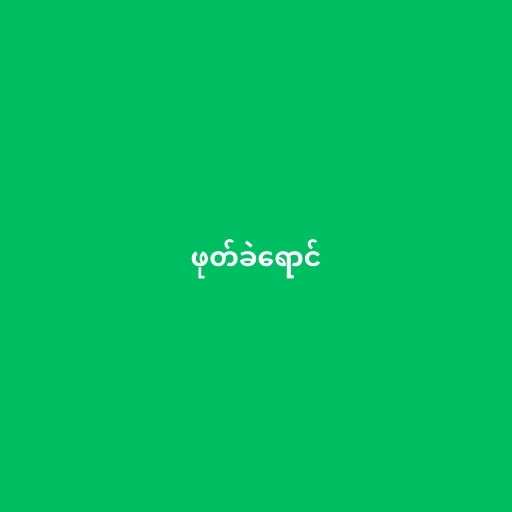
ဖုတ်ခဲရောင်